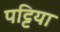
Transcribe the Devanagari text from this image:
पट्टिया